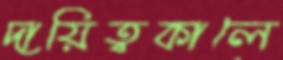
দায়িত্বকালে